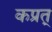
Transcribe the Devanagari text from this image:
कप्रत्